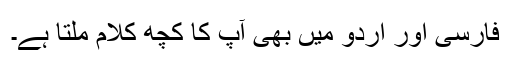
فارسی اور اردو میں بھی آپ کا کچھ کلام ملتا ہے۔